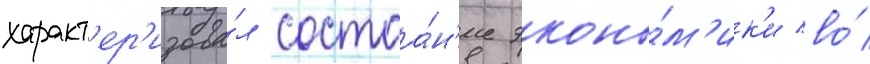
характ'ер'изова́л состоа́н'ие эконо́м'ик'и во́